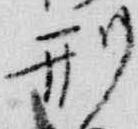
刑